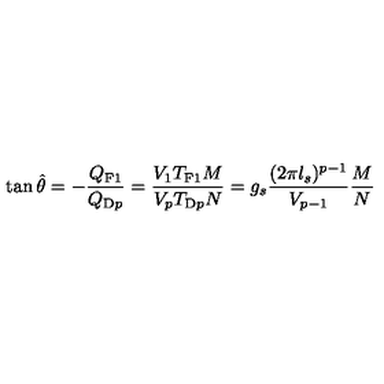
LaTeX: \tan \hat { \theta } = - \frac { Q _ { \mathrm { F 1 } } } { Q _ { \mathrm { D } p } } = \frac { V _ { 1 } T _ { \mathrm { F 1 } } M } { V _ { p } T _ { \mathrm { D } p } N } = g _ { s } \frac { ( 2 \pi l _ { s } ) ^ { p - 1 } } { V _ { p - 1 } } \frac { M } { N }